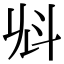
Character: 𣁭